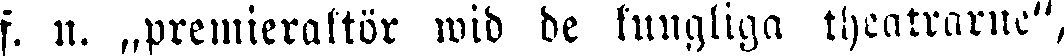
f. n. „premieraktör wid de kungliga theatrarne",